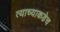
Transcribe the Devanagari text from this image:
त्याच्याकडेच